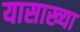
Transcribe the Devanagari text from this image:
यासाख्या